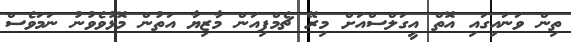
ތިން ވަނައިގައި އޮތް އީގަލްސްއަށް މިރޭ ޗެމްޕިއަން މާޒިޔާ އަތުން މޮޅުވެވުނު ނަމަވެސް